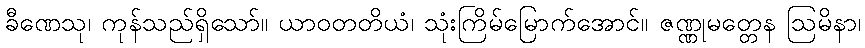
ခီဏေသု၊ ကုန်သည်ရှိသော်။ ယာဝတတိယံ၊ သုံးကြိမ်မြောက်အောင်။ ဇဏ္ဏုမတ္တေန ဩမိနာ၊